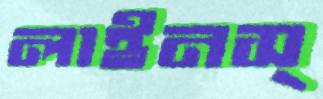
লাইনস্